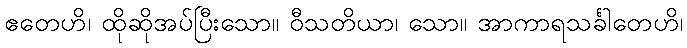
ဧတေဟိ၊ ထိုဆိုအပ်ပြီးသော။ ဝီသတိယာ၊ သော။ အာကာရသင်္ခါတေဟိ၊